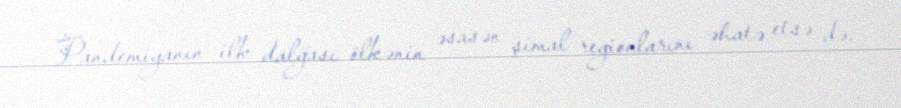
Pandemiyanın ilk dalğası ölkənin əsasən şimal regionlarını əhatə etsə də,